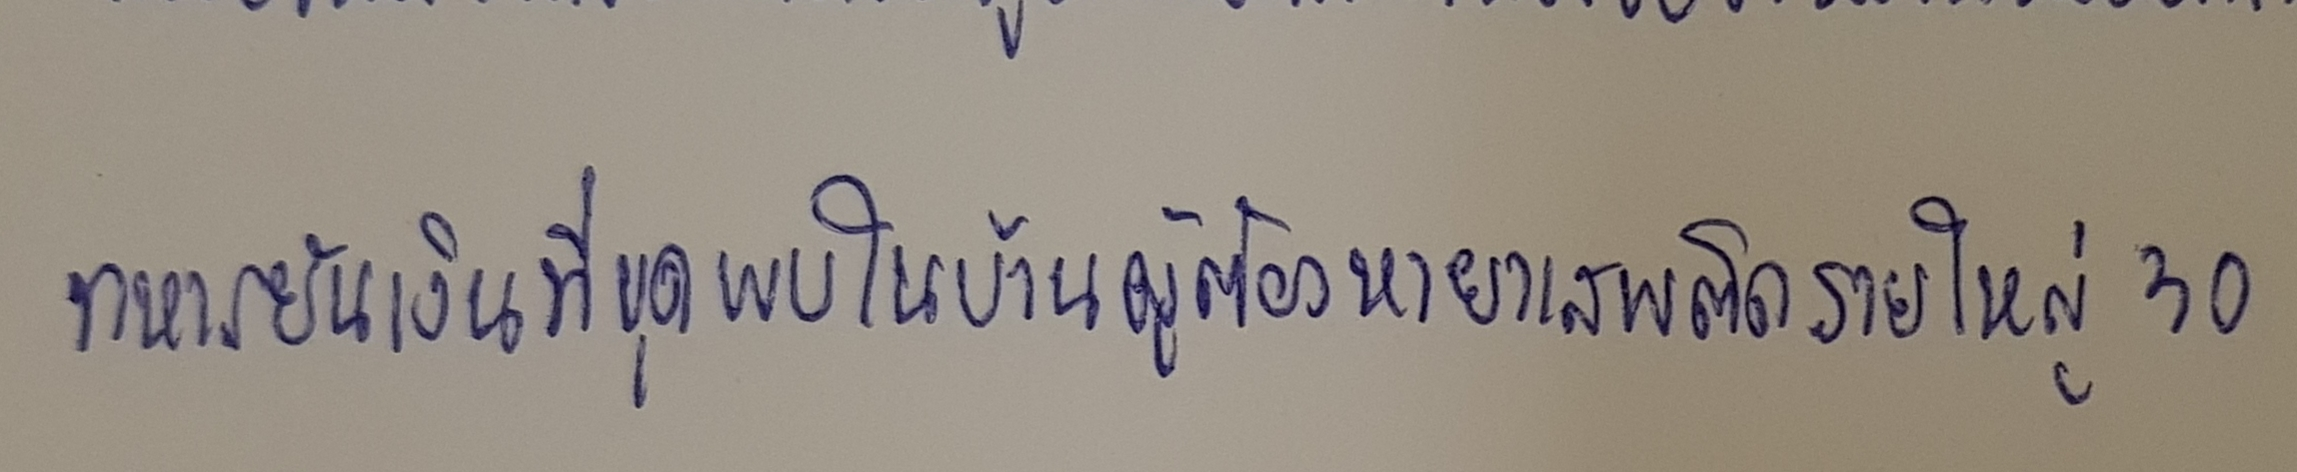
ทหารยันเงินที่ขุดพบในบ้านผู้ต้องหายาเสพติดรายใหญ่30